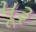
પૂરૂ